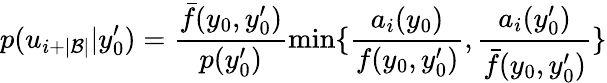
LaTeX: p(u_{i+|\mathcal{B}|}|y_{0}^{\prime})=\frac{\bar{f}(y_{0},y_{0}^{\prime})}{p(y_{0}^{\prime})}\operatorname*{min}\{ \frac{a_{i}(y_{0})}{f(y_{0},y_{0}^{\prime})},\frac{a_{i}(y_{0}^{\prime})}{\bar{f}(y_{0},y_{0}^{\prime})}\}